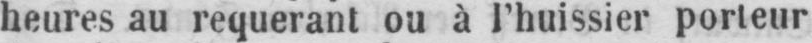
heures au requerant ou à l’huissier porteur